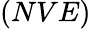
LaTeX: (NVE)